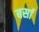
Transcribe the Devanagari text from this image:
बर्सा